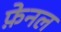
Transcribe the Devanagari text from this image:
फ़ेनल